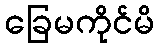
ခြေမကိုင်မိ